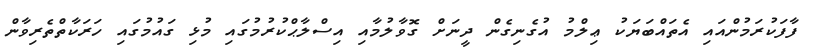
ފާފަކުރަމުންއައި އެތައްބަޔަކު ޢިލްމު އުގެނިގެން ދީނަށް ގޮވާލުމާއި އިސްލާޙްކުރުމުގައި މުޅި ގައުމުގައި ހަރަކާތްތެރިވާން